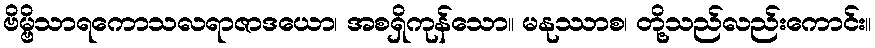
ဗိမ္ဗိသာရကောသလရာဇာဒယော၊ အစရှိကုန်သော။ မနုဿာစ၊ တို့သည်လည်းကောင်း။